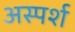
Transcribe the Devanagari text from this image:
अस्पर्श